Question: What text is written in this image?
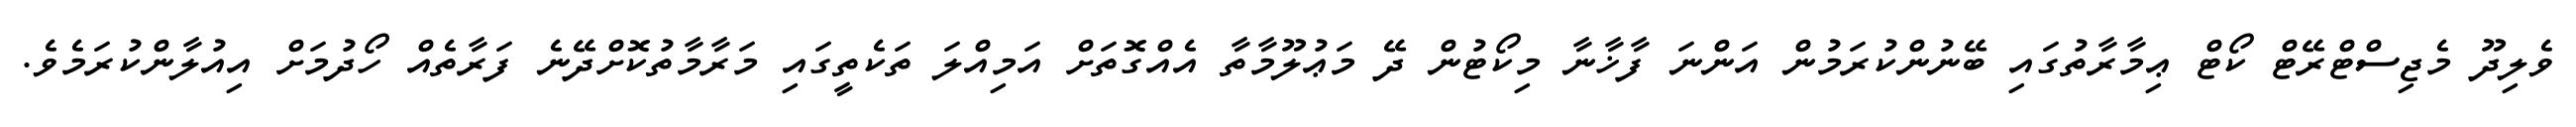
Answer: ވެލިދޫ މެޖިސްޓްރޭޓް ކޯޓް ޢިމާރާތުގައި ބޭނުންކުރަމުން އަންނަ ފާޚާނާ މިކޯޓުން ދޭ މަޢުލޫމާތާ އެއްގޮތަށް އަމިއްލަ ތަކެތީގައި މަރާމާތުކޮށްދޭނެ ފަރާތެއް ހޯދުމަށް އިއުލާންކުރަމެވެ.